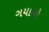
ગયાનો